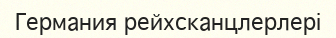
Германия рейхсканцлерлері